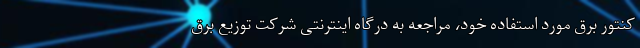
کنتور برق مورد استفاده خود، مراجعه به درگاه اینترنتی شرکت توزیع برق